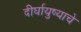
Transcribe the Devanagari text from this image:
दीर्घायुष्याचे